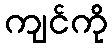
ကျင်ကို